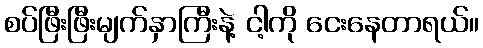
စပ်ဖြီးဖြီးမျက်နှာကြီးနဲ့ ငါ့ကို ငေးနေတာရယ်။